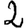
Digit: 2